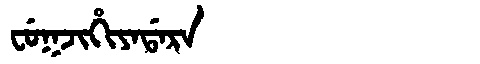
Manchu: ᠸᡠᡴᠵᡳᡥᡳᠶᠠᡩᠠᡵᠠ
Romanization: FUKJIHIYADARA